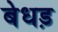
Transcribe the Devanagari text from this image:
बेधड़